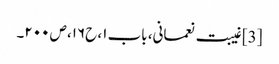
[3] غیبت نعمانی، باب ۱، ح۱۶، ص ۲۰۰۔